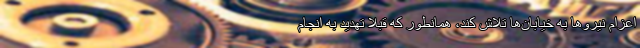
اعزام نیروها به خیابان‌ها تلاش کند، همانطور که قبلا تهدید به انجام